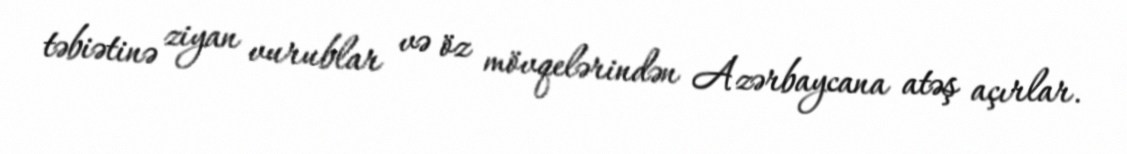
təbiətinə ziyan vurublar və öz mövqelərindən Azərbaycana atəş açırlar.